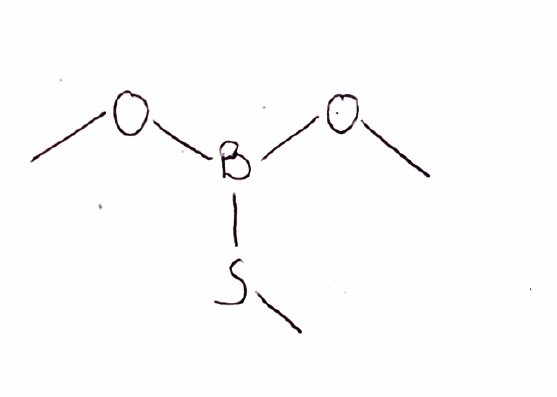
Simplified molecular-input line-entry system (SMILES) notation of the given molecule:
B(OC)(OC)SC